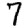
Digit: 7